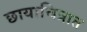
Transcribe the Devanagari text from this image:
छायाचित्रात